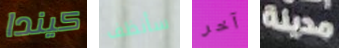
كيندا سأنظف آخر مدينة